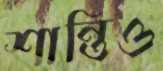
শান্তিও